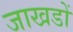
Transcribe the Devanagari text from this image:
जाखडों